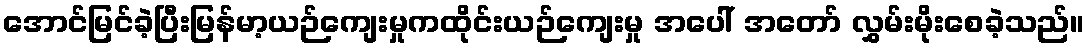
အောင်မြင်ခဲ့ပြီးမြန်မာ့ယဉ်ကျေးမှုကထိုင်းယဉ်ကျေးမှု အပေါ် အတော် လွှမ်းမိုးစေခဲ့သည်။